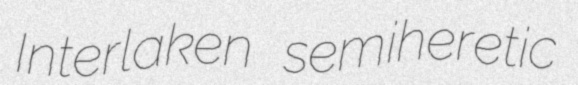
Interlaken semiheretic